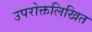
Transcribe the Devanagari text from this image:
उपरोक्तलिखित